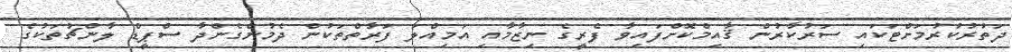
ދަތުރުކުރުމަށްޓަކައި ސަރުކާރުން ޤާއިމްކޮށްފައިވާ ފެރީގެ ނިޒާމާއި އަމިއްލަ ފަރާތްތަކުން ދެމުންގެންދާ ސްޕީޑް ލާންޗުތަކުގެ